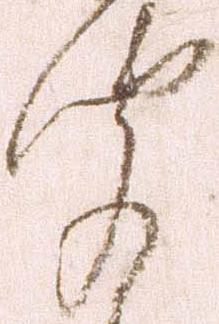
聞